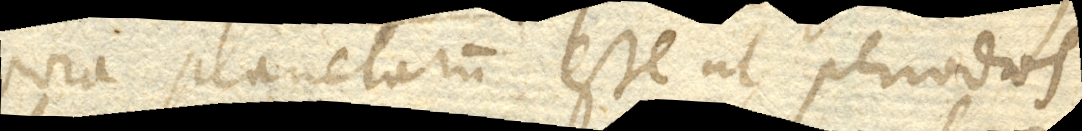
corpora planetarum esse ut periodos,